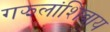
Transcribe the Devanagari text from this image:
गझलांशिवाय